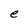
Character: e